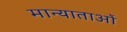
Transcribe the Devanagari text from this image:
मान्याताओं